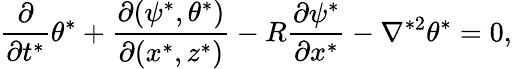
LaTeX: \frac{\partial}{\partial t^{*}}\theta^{*}+\frac{\partial(\psi^{*},\theta^{*})}{\partial(x^{*},z^{*})}-R\frac{\partial\psi^{*}}{\partial x^{*}}-\nabla^{*2}\theta^{*}=0,